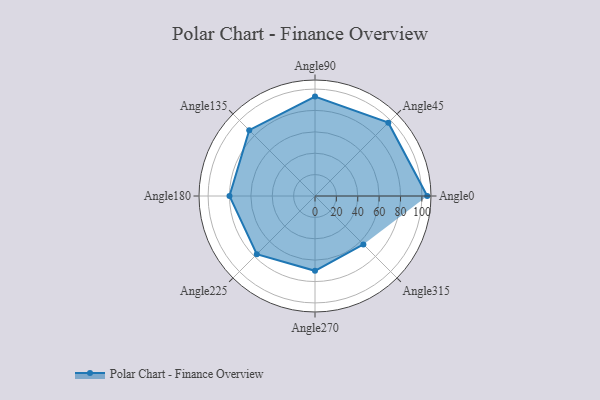
{"axis": {"x": "Angle", "y": "Radius"}, "legend": [""], "data": [{"x": "Angle0", "y": 105.0, "type": ""}, {"x": "Angle45", "y": 97.0, "type": ""}, {"x": "Angle90", "y": 93.0, "type": ""}, {"x": "Angle135", "y": 87.0, "type": ""}, {"x": "Angle180", "y": 80.0, "type": ""}, {"x": "Angle225", "y": 77.0, "type": ""}, {"x": "Angle270", "y": 70.0, "type": ""}, {"x": "Angle315", "y": 64.0, "type": ""}]}